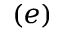
( e )